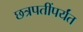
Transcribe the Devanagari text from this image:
छत्रपतींपर्यंत